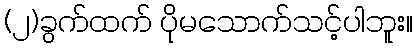
(၂)ခွက်ထက် ပိုမသောက်သင့်ပါဘူး။